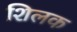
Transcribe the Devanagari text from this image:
शिलक